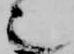
也